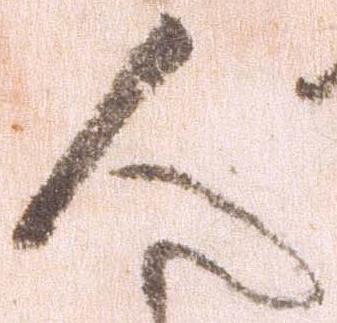
人